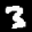
Label: 3